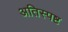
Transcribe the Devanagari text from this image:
अतिस्पष्ट